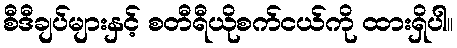
စီဒီချပ်များနှင့် စတီရီယိုစက်ငယ်ကို ထားရှိပါ။